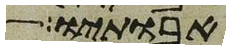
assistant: אבותיו